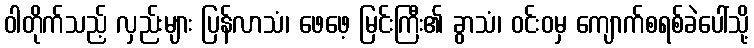
ဝါတိုက်သည့် လှည်းများ ပြန်လာသံ၊ ဖေဖေ့ မြင်းကြီး၏ ခွာသံ၊ ဝင်းဝမှ ကျောက်စရစ်ခဲပေါ်သို့